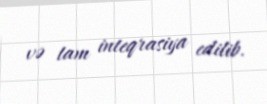
və tam inteqrasiya edilib.